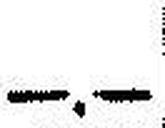
—.—